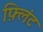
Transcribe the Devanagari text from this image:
फ़्लिंट